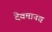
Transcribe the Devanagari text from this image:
देवमानव